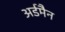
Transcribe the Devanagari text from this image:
अर्डमैन